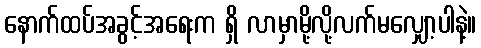
နောက်ထပ်အခွင့်အရေးက ရှိ လာမှာမို့လို့လက်မလျှော့ပါနဲ့။